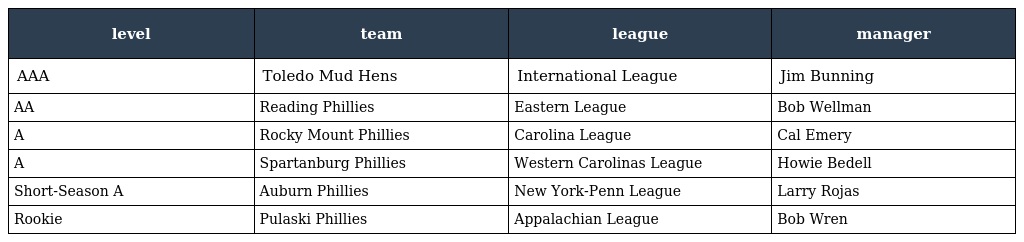
| level | team | league | manager |
 | --- | --- | --- | --- |
 | AAA | Toledo Mud Hens | International League | Jim Bunning |
 | AA | Reading Phillies | Eastern League | Bob Wellman |
 | A | Rocky Mount Phillies | Carolina League | Cal Emery |
 | A | Spartanburg Phillies | Western Carolinas League | Howie Bedell |
 | Short-Season A | Auburn Phillies | New York-Penn League | Larry Rojas |
 | Rookie | Pulaski Phillies | Appalachian League | Bob Wren |